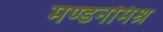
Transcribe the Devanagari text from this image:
मण्डनमिश्र